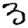
Digit: 3